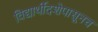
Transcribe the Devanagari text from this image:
विद्यार्थीदशेपासूनच